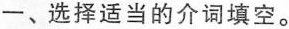
一、选择适当的介词填空。